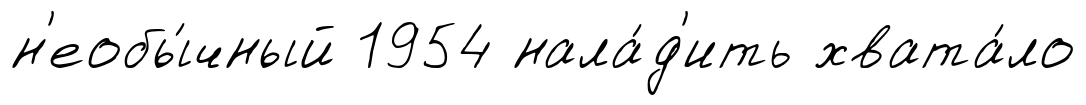
н'еобы́чный 1954 нала́д'ить хвата́ло